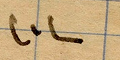
١٠١